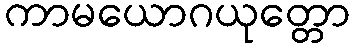
ကာမယောဂယုတ္တော